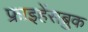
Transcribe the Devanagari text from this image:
फ्राइहेंसब्रुक